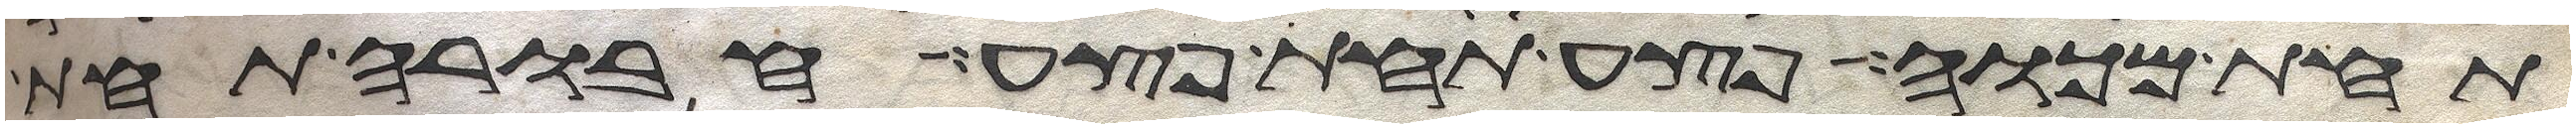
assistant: תחת מכוה פצע תחת פצע חבורה תחת